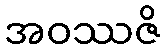
အဝဿဇိ